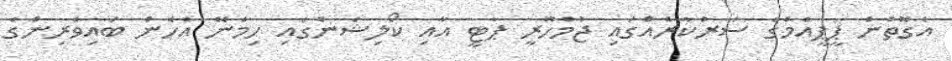
އެގޮތުން ޕީޕީއެމްގެ ސަރުކާރެއްގައި ޖުމްހޫރީ ޕާޓީ އާއި ކޯލިޝަންގައި ހިމެނޭ އެހެން ބައިވެރިންގެ